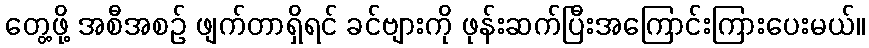
တွေ့ဖို့ အစီအစဉ် ဖျက်တာရှိရင် ခင်ဗျားကို ဖုန်းဆက်ပြီးအကြောင်းကြားပေးမယ်။